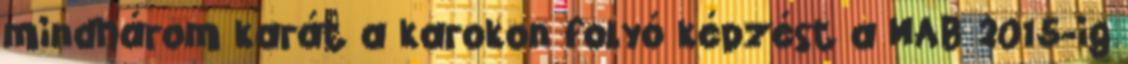
mindhárom karát a karokon folyó képzést a MAB 2015-ig